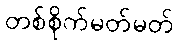
တစ်စိုက်မတ်မတ်